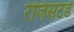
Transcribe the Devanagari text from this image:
रेजिसटर्ड